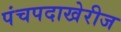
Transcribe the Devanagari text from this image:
पंचपदाखेरीज